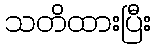
သတိထားပြီး